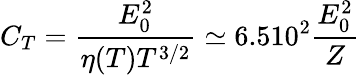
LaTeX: C_{T}=\frac{E_{0}^{2}}{\eta(T)T^{3/2}}\simeq 6.510^{2}\frac{E_{0}^{2}}{Z}